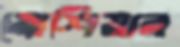
ব্রোশিয়ার